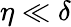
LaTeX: \eta\ll\delta